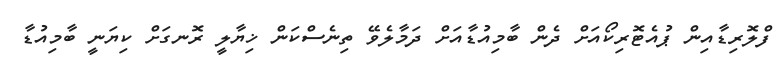
ފްލޮރިޑާއިން ޕުއެޓޮރިކޯއަށް ދެން ބާމިއުޑާއަށް ދަމާލެވޭ ތިނެސްކަން ޚިޔާލީ ރޮނގަށް ކިޔަނީ ބާމިއުޑާ